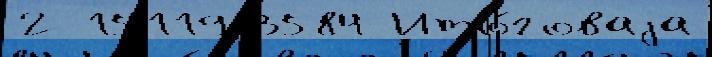
2 15119 3584 Ито́говаjа